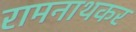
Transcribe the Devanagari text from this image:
रामनाथकर